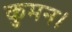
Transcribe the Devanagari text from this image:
कुमन।